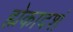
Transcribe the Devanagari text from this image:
ह्मेकादशं